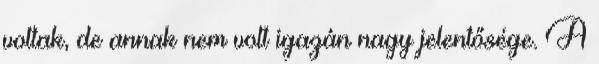
voltak, de annak nem volt igazán nagy jelentősége. A